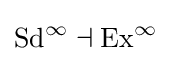
\operatorname {Sd} ^{\infty }\dashv \operatorname {Ex} ^{\infty }